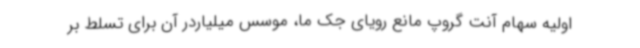
اولیه سهام آنت گروپ مانع رویای جک ما، موسس میلیاردر آن برای تسلط بر